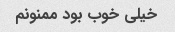
خیلی خوب بود ممنونم